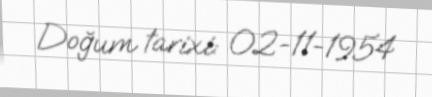
Doğum tarixi: 02-11-1954